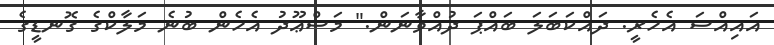
އައިއްސަ އެހެރީ. ދައްކަބަލަ ބައްޕަ ދުއްވާނަން." މަސްޢޫދު އެހެން ބުނެ މަލާކްގެ ގޮނޑީގެ